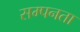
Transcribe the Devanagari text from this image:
सम्पनता